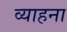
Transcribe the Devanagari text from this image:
व्याहना